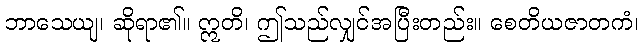
ဘာသေယျ၊ ဆိုရာ၏။ ဣတိ၊ ဤသည်လျှင်အပြီးတည်း။ စေတိယဇာတကံ၊